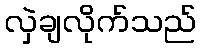
လှဲချလိုက်သည်